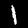
Digit: 1